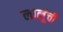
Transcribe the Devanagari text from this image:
लालूंची